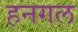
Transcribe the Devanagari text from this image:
हनगल